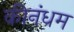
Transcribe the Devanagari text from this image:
कीनंधम